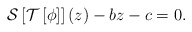
\begin{align*}\mathcal{S}\left[ \mathcal{T}\left[\phi\right]\right](z)-bz-c=0. \end{align*}